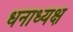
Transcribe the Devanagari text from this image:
धनाध्यक्ष